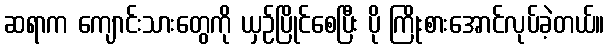
ဆရာက ကျောင်းသားတွေကို ယှဉ်ပြိုင်စေပြီး ပို ကြိုးစားအောင်လုပ်ခဲ့တယ်။